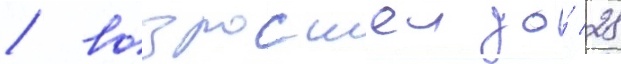
/ возросшеи до́ 28